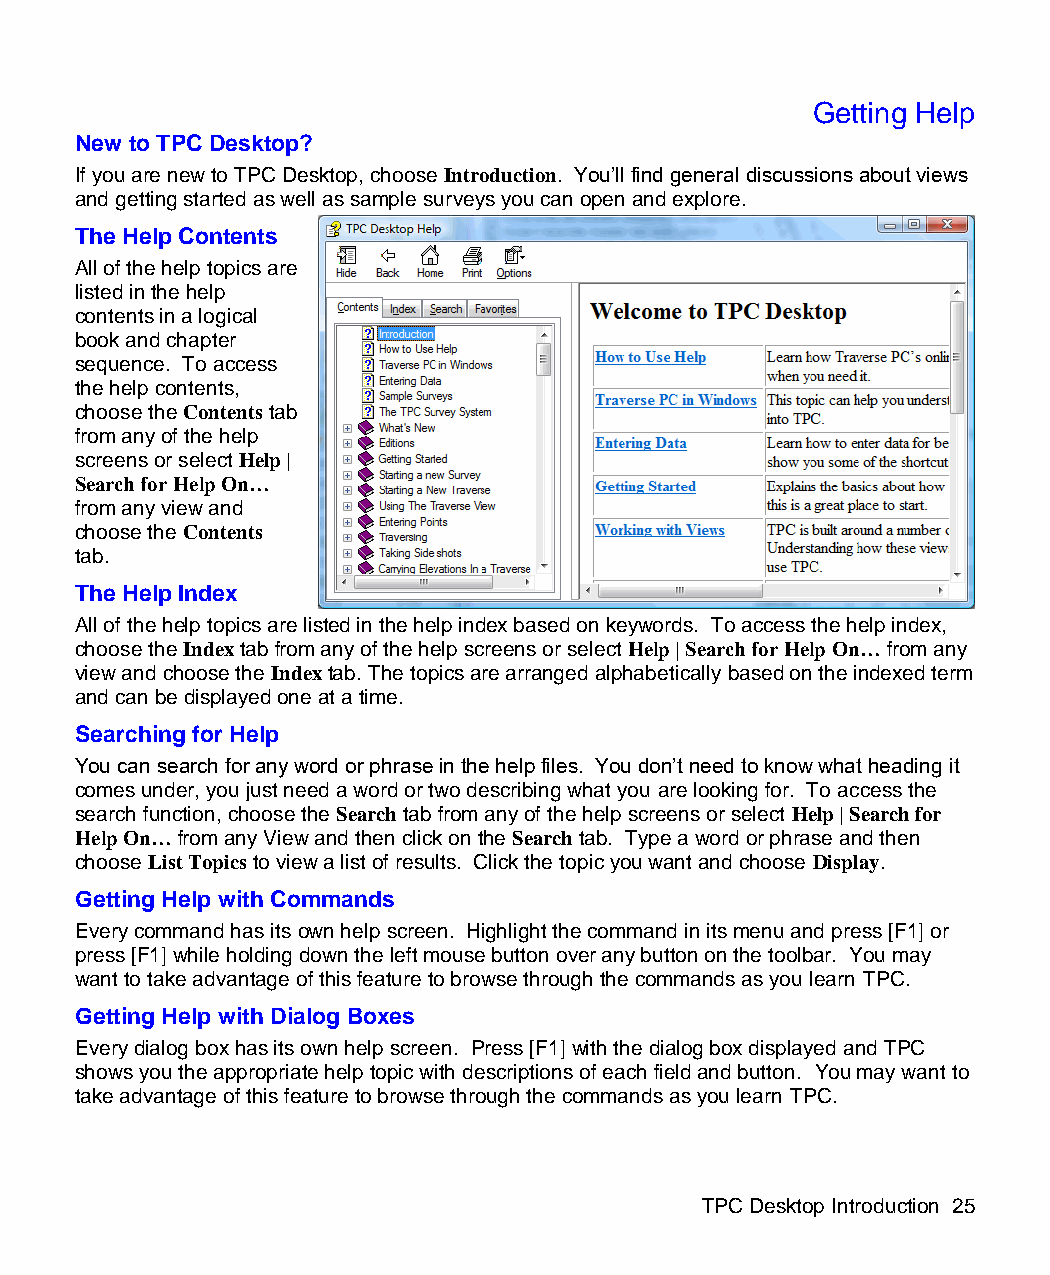
Getting Help
 New to TPC Desktop?
 If you are new to TPC Desktop, choose Introduction. You’ll find general discussions about views
 and getting started as well as sample surveys you can open and explore.
 The Help Contents
 All of the help topics are
 listed in the help
 contents in a logical
 book and chapter
 sequence. To access
 the help contents,
 choose the Contents tab
 from any of the help
 screens or select Help |
 Search for Help On…
 from any view and
 choose the Contents
 tab.
 The Help Index
 All of the help topics are listed in the help index based on keywords. To access the help index,
 choose the Index tab from any of the help screens or select Help | Search for Help On… from any
 view and choose the Index tab. The topics are arranged alphabetically based on the indexed term
 and can be displayed one at a time.
 Searching for Help
 You can search for any word or phrase in the help files. You don’t need to know what heading it
 comes under, you just need a word or two describing what you are looking for. To access the
 search function, choose the Search tab from any of the help screens or select Help | Search for
 Help On… from any View and then click on the Search tab. Type a word or phrase and then
 choose List Topics to view a list of results. Click the topic you want and choose Display.
 Getting Help with Commands
 Every command has its own help screen. Highlight the command in its menu and press [F1] or
 press [F1] while holding down the left mouse button over any button on the toolbar. You may
 want to take advantage of this feature to browse through the commands as you learn TPC.
 Getting Help with Dialog Boxes
 Every dialog box has its own help screen. Press [F1] with the dialog box displayed and TPC
 shows you the appropriate help topic with descriptions of each field and button. You may want to
 take advantage of this feature to browse through the commands as you learn TPC.
 TPC Desktop Introduction 25